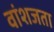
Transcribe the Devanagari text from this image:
वांशजता